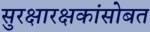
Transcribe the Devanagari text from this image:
सुरक्षारक्षकांसोबत